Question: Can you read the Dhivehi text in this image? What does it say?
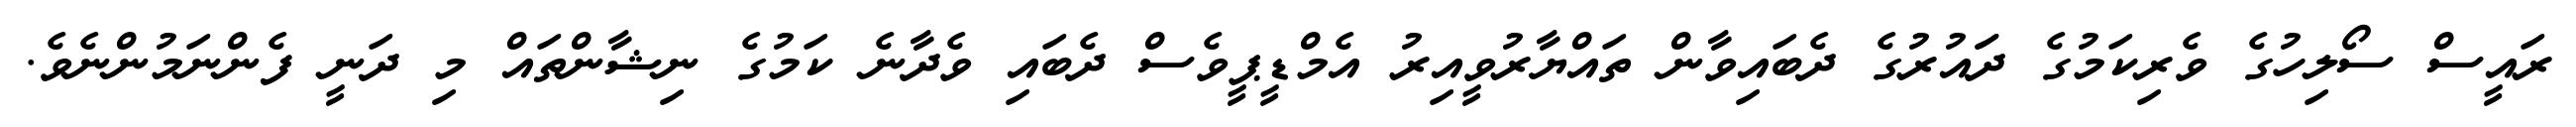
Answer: ރައީސް ސޯލިހުގެ ވެރިކަމުގެ ދަައުރުގެ ދެބައިވާން ތައްޔާރުވީއިރު އެމްޑީޕީވެސް ދެބައި ވެދާނެ ކަމުގެ ނިޝާންތައް މި ދަނީ ފެންނަމުންނެވެ.